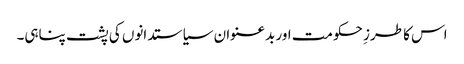
اس کا طرزِ حکومت اور بدعنوان سیاستدانوں کی پشت پناہی۔